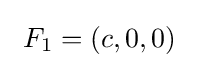
\ F_{1}=(c,0,0)\